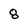
Character: 8